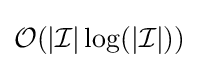
{\mathcal {O}}(|{\mathcal {I}}|\log(|{\mathcal {I}}|))